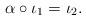
LaTeX: \begin{align*}\alpha\circ\iota_1=\iota_2.\end{align*}